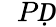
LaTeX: \mathcal ḊPḌ